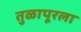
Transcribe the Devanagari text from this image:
तुळापूरला